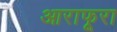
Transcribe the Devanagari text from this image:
आराफूरा